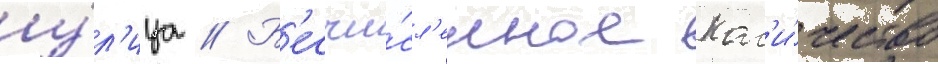
у́л'ица // Б'есчи́сл'енное кол'и́чество